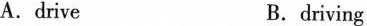
A.drive B.driving